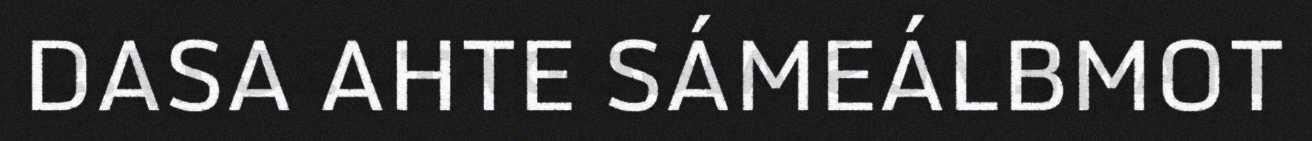
DASA AHTE SÁMEÁLBMOT